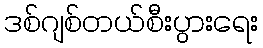
ဒစ်ဂျစ်တယ်စီးပွားရေး